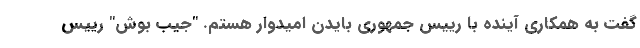
گفت به همکاری آینده با رییس جمهوری بایدن امیدوار هستم. "جیب بوش" رییس